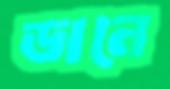
ডানে